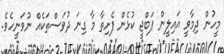
މީހުން ދިމާވީ އައިލީން ޕަބްޖީ ކުޅެން ފެށިތާ މާ ގިނަ ދުވަސްތަކެއް ނުވަނީހެވެ.